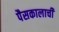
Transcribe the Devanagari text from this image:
पैसकालाची